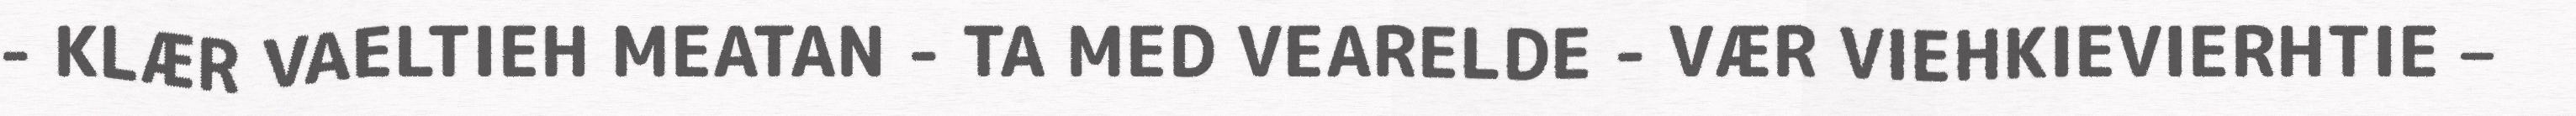
- KLÆR VAELTIEH MEATAN - TA MED VEARELDE - VÆR VIEHKIEVIERHTIE –